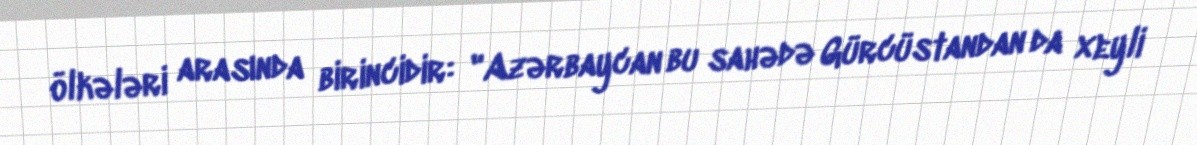
ölkələri arasında birincidir: "Azərbaycan bu sahədə Gürcüstandan da xeyli